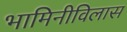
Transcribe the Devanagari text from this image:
भामिनीविलास